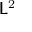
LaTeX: { \mathsf { L } } ^ { 2 }